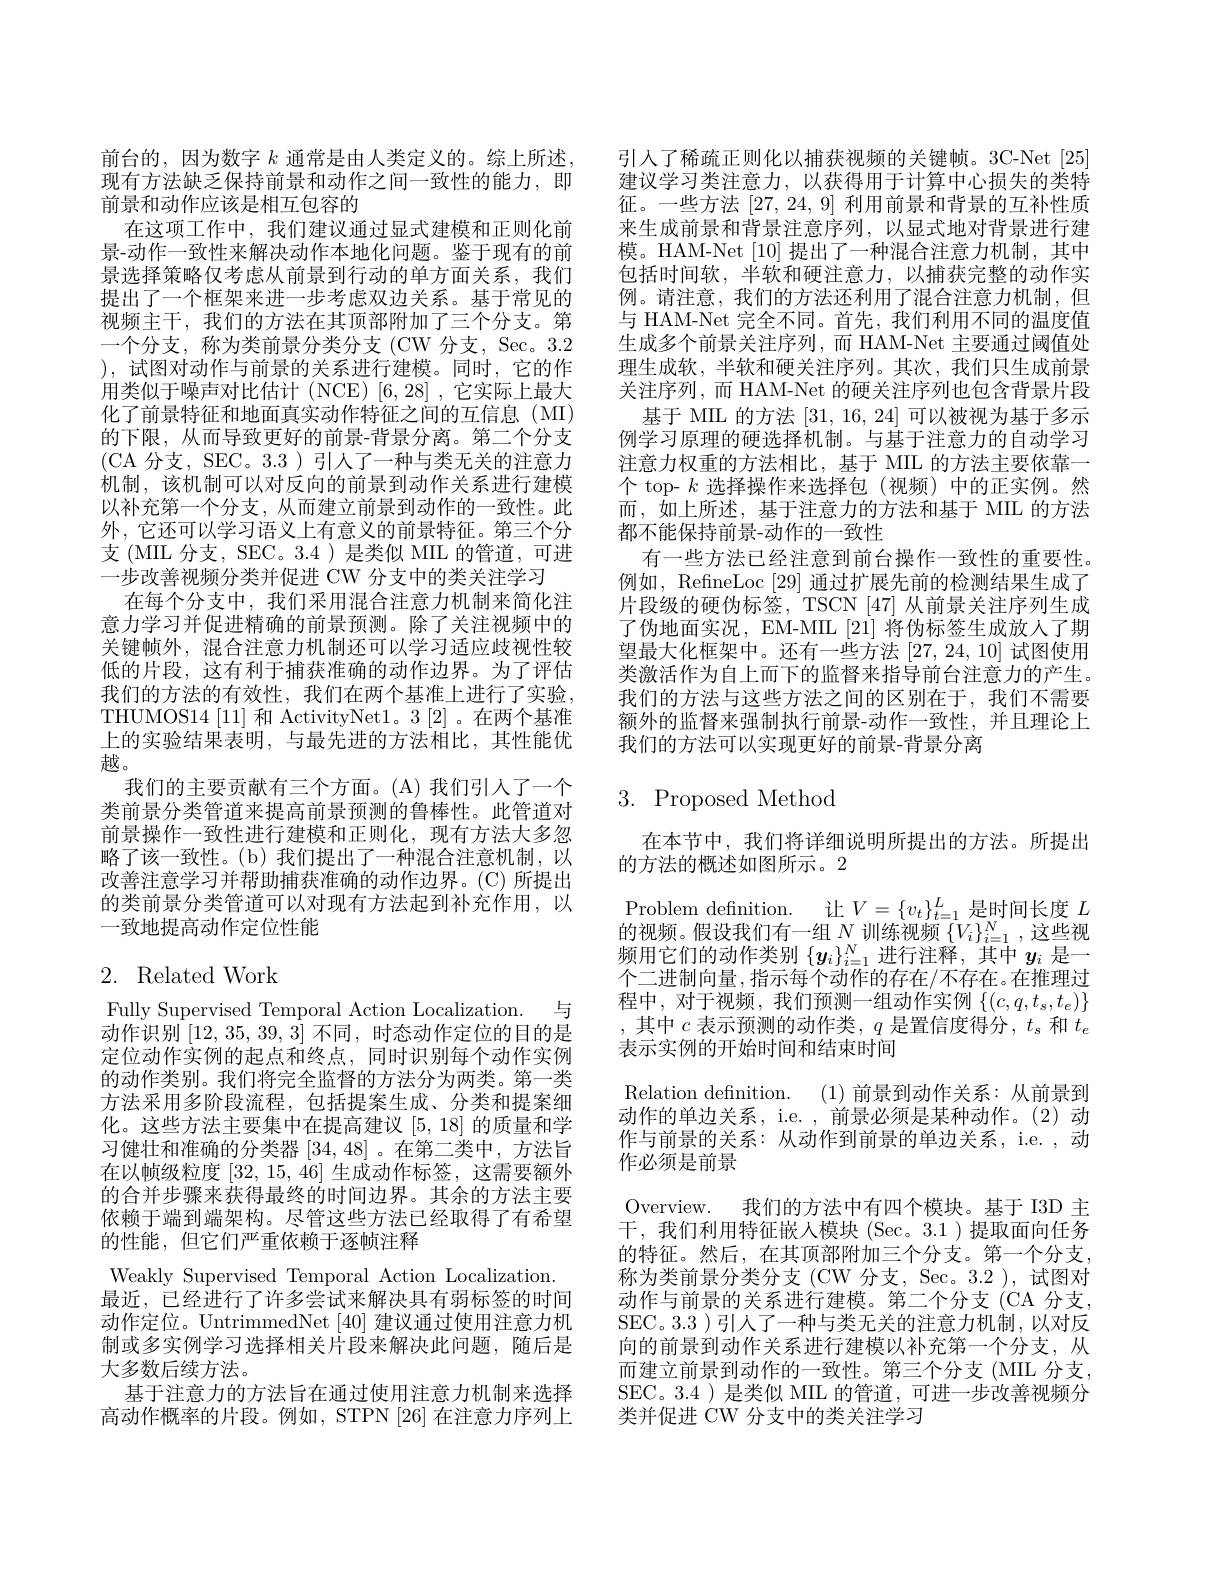
前台的，因为数字$k$通常是由人类定义的。综上所述。现有方法缺乏保持前景和动作之间一致性的能力，即前景和动作应该是相互包容的
在这项工作中，我们建议通过显式建模和正则化前景-动作一致性来解决动作本地化问题。鉴于现有的前景选择策略仅考虑从前景到行动的单方面关系，我们提出了一个框架来进一步考虑双边关系。基于常见的视频主干，我们的方法在其顶部附加了三个分支。第一个分支，称为类前景分类分支(CW 分支，Sec。3.2 ),试图对动作与前景的关系进行建模。同时，它的作用类似于噪声对比估计(NCE)[6,28],它实际上最大化了前景特征和地面真实动作特征之间的互信息(MI) 的下限，从而导致更好的前景-背景分离。第二个分支(CA 分支，SEC。3.3 )引人了一种与类无关的注意力机制，该机制可以对反向的前景到动作关系进行建模以补充第一个分支，从而建立前景到动作的一致性。此外，它还可以学习语义上有意义的前景特征。第三个分支(MIL 分支，SEC。3.4 ) 是类似 MIIL 的管道，可进一步改善视频分类并促进 CW 分支中的类关注学习
在每个分支中，我们采用混合注意力机制来简化注意力学习并促进精确的前景预测。除了关注视频中的关键帧外，混合注意力机制还可以学习适应歧视性较低的片段，这有利于捕获准确的动作边界。为了评估我们的方法的有效性，我们在两个基准上进行了实验。THUMOS14 [11]和 ActivityNet1。3 [2] 。在两个基准上的实验结果表明，与最先进的方法相比，其性能优越。
我们的主要贡献有三个方面。(A)我们引人了一个类前景分类管道来提高前景预测的鲁棒性。此管道对前景操作一致性进行建模和正则化，现有方法大多忽略了该一致性。(b)我们提出了一种混合注意机制，以改善注意学习并帮助捕获准确的动作边界。(C)所提出的类前景分类管道可以对现有方法起到补充作用，以一致地提高动作定位性能

# 2. Related Work

Fully Supervised Temporal Action Localization. 与动作识别[12,35,39,3]不同，时态动作定位的目的是定位动作实例的起点和终点，同时识别每个动作实例的动作类别。我们将完全监督的方法分为两类。第一类方法采用多阶段流程，包括提案生成、分类和提案细化。这些方法主要集中在提高建议[5,18]的质量和学习健壮和准确的分类器[34,48] 。在第二类中，方法旨在以帧级粒度[32,15,46]生成动作标签，这需要额外的合并步骤来获得最终的时间边界。其余的方法主要依赖于端到端架构。尽管这些方法已经取得了有希望的性能，但它们严重依赖于逐帧注释
Weakly Supervised Temporal Action Localization.
最近，已经进行了许多尝试来解决具有弱标签的时间动作定位。UntrimmedNet [40]建议通过使用注意力机制或多实例学习选择相关片段来解决此问题，随后是大多数后续方法。
基于注意力的方法旨在通过使用注意力机制来选择高动作概率的片段。例如，STPN[26] 在注意力序列上

引入了稀疏正则化以捕获视频的关键帧。3C-Net[25] 建议学习类注意力，以获得用于计算中心损失的类特征。一些方法[27,24,9]利用前景和背景的互补性质来生成前景和背景注意序列，以显式地对背景进行建模。HAM-Net [10] 提出了一种混合注意力机制，其中包括时间软，半软和硬注意力，以捕获完整的动作实例。请注意，我们的方法还利用了混合注意力机制，但与 HAM-Net 完全不同。首先，我们利用不同的温度值生成多个前景关注序列，而 HAM-Net 主要通过阈值处理生成软，半软和硬关注序列。其次，我们只生成前景关注序列，而 HAM-Net 的硬关注序列也包含背景片段
基于 MIIL 的方法[31,16,24]可以被视为基于多示例学习原理的硬选择机制。与基于注意力的自动学习注意力权重的方法相比，基于 MIIL 的方法主要依靠一个 top- $k$选择操作来选择包(视频)中的正实例。然而，如上所述，基于注意力的方法和基于 MIL 的方法都不能保持前景-动作的一致性
有一些方法已经注意到前台操作一致性的重要性。例如，RefineLoc [29] 通过扩展先前的检测结果生成了片段级的硬伪标签，TSCN [47] 从前景关注序列生成了伪地面实况，EM-MIL[21] 将伪标签生成放人了期望最大化框架中。还有一些方法[27,24,10]试图使用类激活作为自上而下的监督来指导前台注意力的产生。我们的方法与这些方法之间的区别在于，我们不需要额外的监督来强制执行前景-动作一致性，并且理论上我们的方法可以实现更好的前景-背景分离

# 3. Proposed Method

在本节中，我们将详细说明所提出的方法。所提出
的方法的概述如图所示。2
Problem defnition. 让$V=\{v_t\}_t=1^L$是时间长度 $L$ 的视频。假设我们有一组$N$训练视频$\{V_i\}_i=1^N$,这些视频用它们的动作类别$\{y_i\}_{i=1}^N$进行注释，其中$y_i$是一个二进制向量 ,指示每个动作的存在/不存在。在推理过程中，对于视频，我们预测一组动作实例$\{(c,q,t_s,t_e)\}$ ,其中$c$表示预测的动作类，$q$是置信度得分$,t_s$和$t_e$ 表示实例的开始时间和结束时间
Relation definition. (1)前景到动作关系：从前景到动作的单边关系，i.e. ,前景必须是某种动作。(2)动作与前景的关系：从动作到前景的单边关系，i.e. ,动作必须是前景
Overview. 我们的方法中有四个模块。基于 I3D 主干，我们利用特征嵌人模块(Sec。3.1)提取面向任务的特征。然后，在其顶部附加三个分支。第一个分支， 称为类前景分类分支(CW 分支，Sec。3.2 ),试图对动作与前景的关系进行建模。第二个分支(CA 分支， SEC。3.3 )引人了一种与类无关的注意力机制，以对反向的前景到动作关系进行建模以补充第一个分支，从而建立前景到动作的一致性。第三个分支(MIL 分支SEC。3.4 )是类似 MIL 的管道，可进一步改善视频分类并促进 CW 分支中的类关注学习